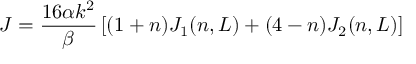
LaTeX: J = \frac { 1 6 \alpha k ^ { 2 } } { \beta } \left[ ( 1 + n ) J _ { 1 } ( n , L ) + ( 4 - n ) J _ { 2 } ( n , L ) \right]